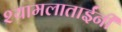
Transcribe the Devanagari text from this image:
श्यामलाताईंनी